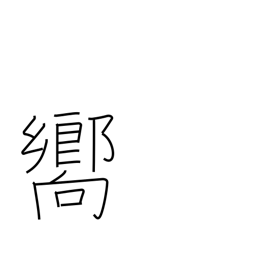
Meaning: guide